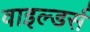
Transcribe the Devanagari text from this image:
वाइल्डर्स